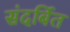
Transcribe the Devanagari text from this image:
संदर्बित